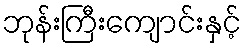
ဘုန်းကြီးကျောင်းနှင့်